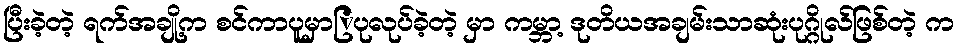
ပြီးခဲ့တဲ့ ရက်အချို့က စင်ကာပူမှာြပုလုပ်ခဲ့တဲ့ မှာ ကမ္ဘာ့ ဒုတိယအချမ်းသာဆုံးပုဂ္ဂိုလ်ဖြစ်တဲ့ က